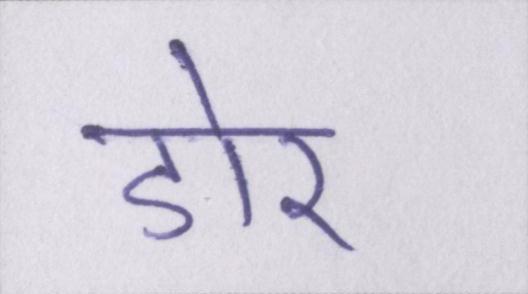
डोर